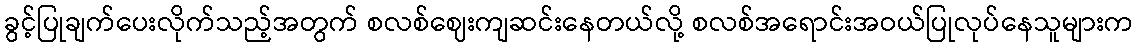
ခွင့်ပြုချက်ပေးလိုက်သည့်အတွက် စလစ်ဈေးကျဆင်းနေတယ်လို့ စလစ်အရောင်းအဝယ်ပြုလုပ်နေသူများက